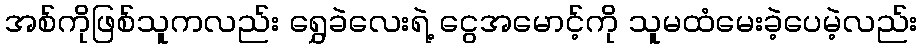
အစ်ကိုဖြစ်သူကလည်း ရွှေခဲလေးရဲ့ ငွေအမောင့်ကို သူမထံမေးခဲ့ပေမဲ့လည်း